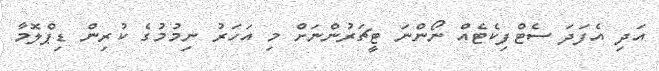
އަދި އެފަދަ ސެޓްފިކެޓެއް ނޯންނަ ޓީޗަރުންނަށް މި އަހަރު ނިމުމުގެ ކުރިން ޑިޕްލޮމާ